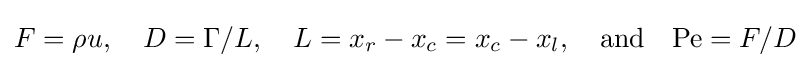
F=\rho u,\quad D=\Gamma /L,\quad L=x_{r}-x_{c}=x_{c}-x_{l},\quad {\text{and}}\quad {\text{Pe}}=F/D